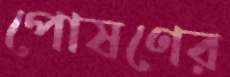
পোষণের